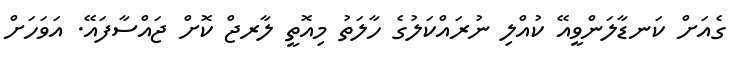
ގެއަށް ކަނޑާލަންވީއޭ ކުއްލި ނުރައްކަލުގެ ހާލަތު މިއޮތީ ލާރޖް ކޮށް ޖައްސާފައޭ. އަވަަހަށް